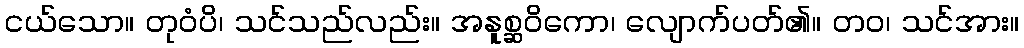
ငယ်သော။ တုဝံပိ၊ သင်သည်လည်း။ အနူစ္ဆဝိကော၊ လျောက်ပတ်၏။ တဝ၊ သင်အား။